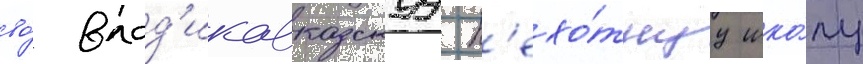
во́ влад'икавказскуу п'ехо́тнуу шко́лу